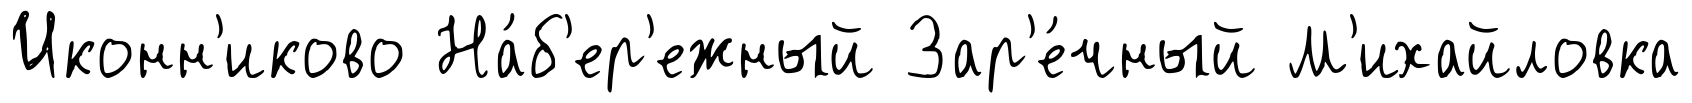
Иконн'иково На́б'ер'ежный Зар'е́чный М'ихайловка